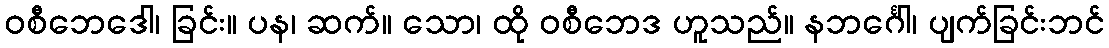
ဝစီဘေဒေါ၊ ခြင်း။ ပန၊ ဆက်။ သော၊ ထို ဝစီဘေဒ ဟူသည်။ နဘင်္ဂေါ၊ ပျက်ခြင်းဘင်